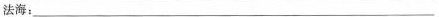
法海：___